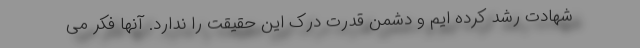
شهادت رشد کرده ایم و دشمن قدرت درک این حقیقت را ندارد. آنها فکر می